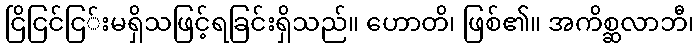
ငြိငြင်ငြ်းမရှိသဖြင့်ရခြင်းရှိသည်။ ဟောတိ၊ ဖြစ်၏။ အကိစ္ဆလာဘီ၊